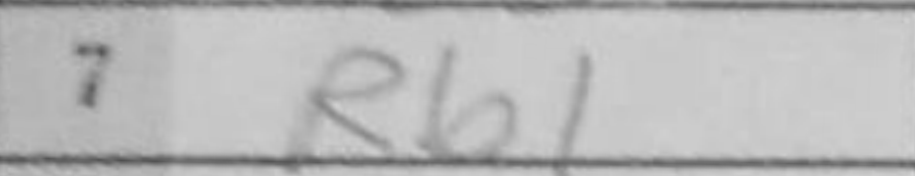
Transcription: Rb1